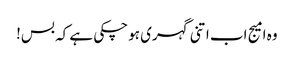
وہ امیج اب اتنی گہری ہو چکی ہے کہ بس!